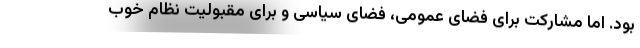
بود. اما مشارکت برای فضای عمومی، فضای سیاسی و برای مقبولیت نظام خوب